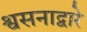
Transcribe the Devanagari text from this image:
श्वसनाद्वारे